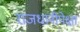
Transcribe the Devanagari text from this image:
राजधानीपेक्षा